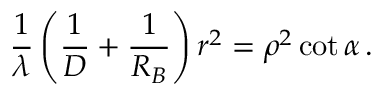
{ \frac { 1 } { \lambda } } \left( { \frac { 1 } { D } } + { \frac { 1 } { R _ { B } } } \right) r ^ { 2 } = \rho ^ { 2 } \cot \alpha \, .